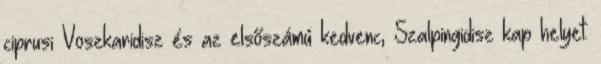
ciprusi Voszkaridisz és az elsőszámú kedvenc, Szalpingidisz kap helyet.